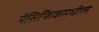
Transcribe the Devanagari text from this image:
पॅसिफिकमधील